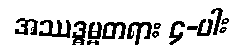
အဿဒ္ဓမ္မတရား ၄-ပါး